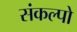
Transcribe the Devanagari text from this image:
संकल्पो